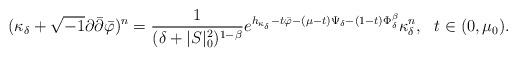
LaTeX: \begin{align*}(\kappa_\delta+\sqrt{-1}\partial\bar\partial\bar\varphi)^n=\frac{1}{(\delta+|S|_0^2)^{1-\beta}} e^{h_{\kappa_\delta}-t\bar\varphi -(\mu-t)\Psi_{\delta} -(1-t)\Phi^\beta_\delta }\kappa_\delta^n,~~t\in (0,\mu_0).\end{align*}